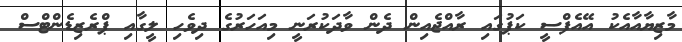
މާޒިޔާއާއެކު އޭއެފްސީ ކަޕުގައި ރާއްޖެއިން ދެން ވާދަކުރަނީ މިއަހަރުގެ ދިވެހި ލީގާއި ޕްރެެޒިޑެންޓްސް